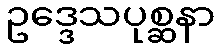
ဥဒ္ဒေသပုစ္ဆနာ